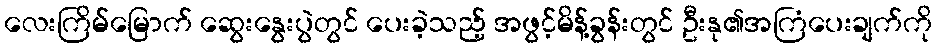
လေးကြိမ်မြောက် ဆွေးနွေးပွဲတွင် ပေးခဲ့သည့် အဖွင့်မိန့်ခွန်းတွင် ဦးနု၏အကြံပေးချက်ကို